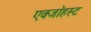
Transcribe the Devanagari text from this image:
एक्जाॅहस्ट